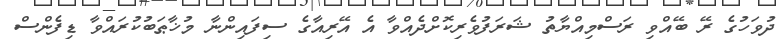
ދުވަހުގެ ރޭ ބޭއްވި ރަސްމިއްޔާތު ޝަރަފުވެރިކޮށްދެއްވާ އެ އޭރިއާގެ ސިފައިންނާ މުޚާޠަބުކުރައްވާ ޑިފެންސް